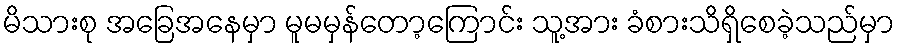
မိသားစု အခြေအနေမှာ မူမမှန်တော့ကြောင်း သူ့အား ခံစားသိရှိစေခဲ့သည်မှာ